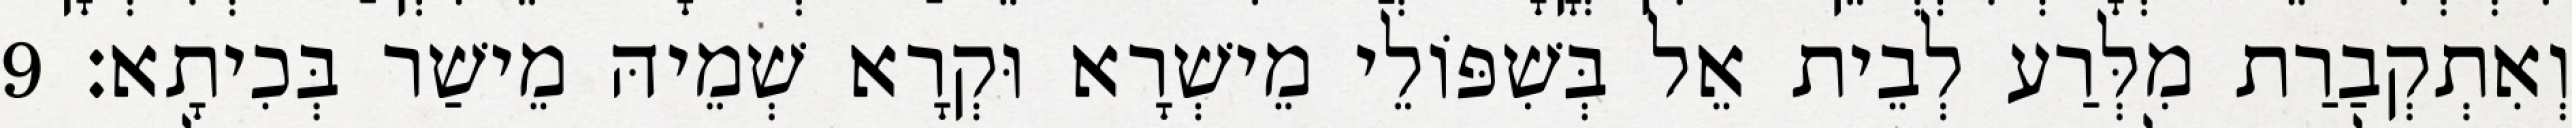
וְאִתְקְבַרַת מִלְּרַע לְבֵית אֵל בְּשִׁפּוֹלֵי מֵישְׁרָא וּקְרָא שְׁמֵיהּ מֵישַׁר בְּכִיתָא׃ 9